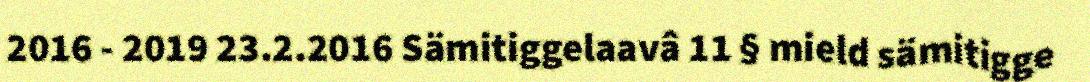
2016 - 2019 23.2.2016 Sämitiggelaavâ 11 § mield sämitigge